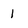
Character: 1